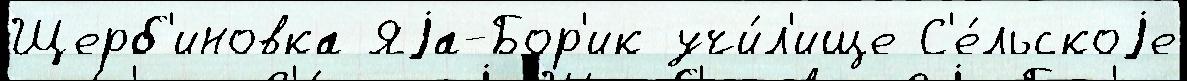
Щерб'иновка Яjа-Бор'ик учи́л'ище С'е́льскоjе